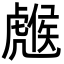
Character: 𧇹